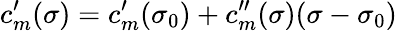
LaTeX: c_{m}^{\prime}(\sigma)=c_{m}^{\prime}(\sigma_{0})+c_{m}^{\prime\prime}(\sigma)(\sigma-\sigma_{0})